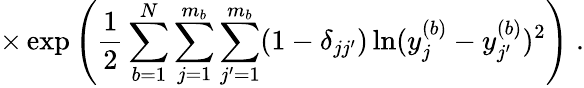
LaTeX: \times\exp\left(\frac{1}{2}\sum_{b=1}^{N}\sum_{j=1}^{m_{b}}\sum_{j^{\prime}=1}^{m_{b}}(1-\delta_{jj^{\prime}})\ln(y_{j}^{(b)}-y_{j^{\prime}}^{(b)})^{2}\right)\; .